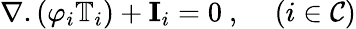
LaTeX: \nabla.\left(\varphi_{i}\mathbb{T}_{i}\right)+\mathbf{I}_{i}=0~,~~~~\left(i\in\mathcal{C}\right)